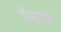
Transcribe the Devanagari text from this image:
ऐसाअ